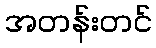
အတန်းတင်